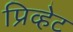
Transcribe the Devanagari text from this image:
प्रिव्हेट